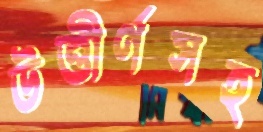
উত্তীর্ণসহ